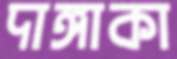
দাঙ্গাকা